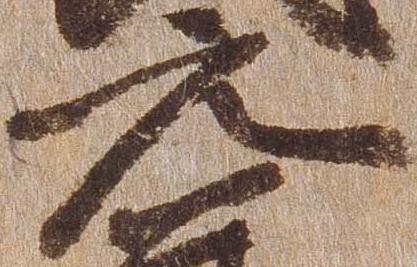
元